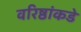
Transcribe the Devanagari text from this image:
वरिष्ठांकडे